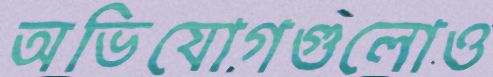
অভিযোগগুলোও